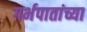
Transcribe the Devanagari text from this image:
गर्भपातांच्या